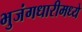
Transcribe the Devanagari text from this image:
भुजंगधारीमध्ये